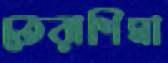
তেরাশিমা